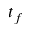
t _ { f }